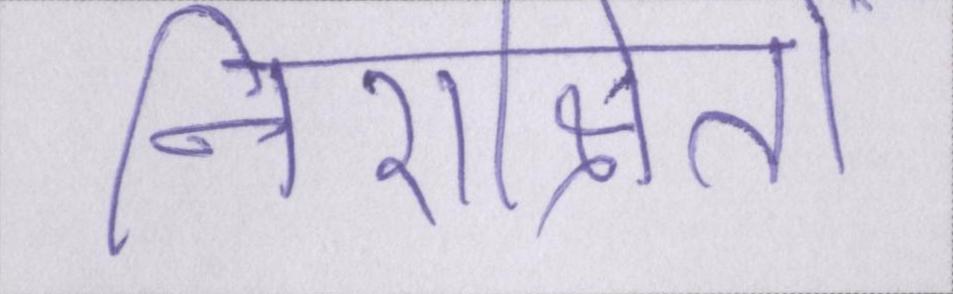
निराश्रितों